Medical and sanitary report of the native army of Madras for the year
Year: 1876
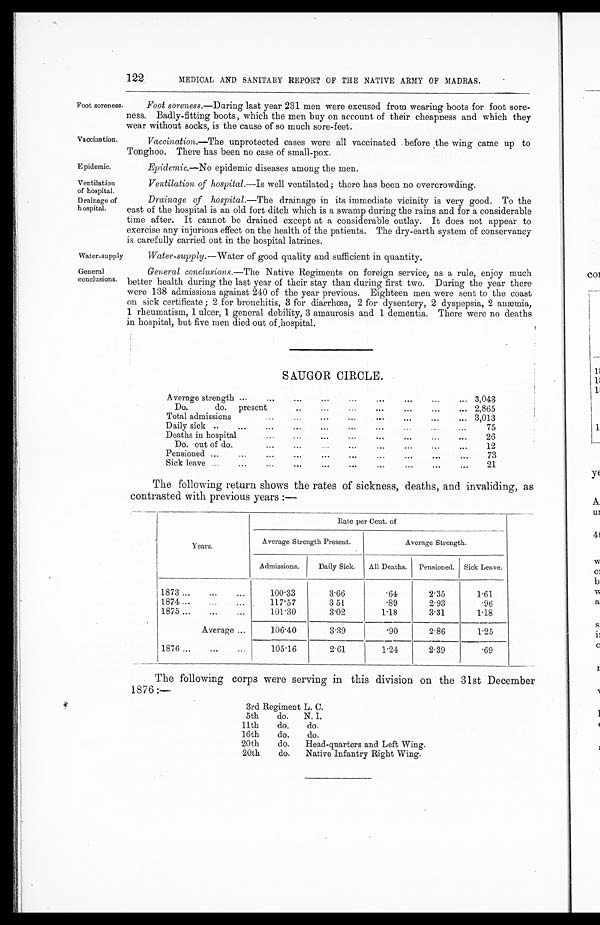
Vaccination.
Epidemic.
Ventilation
of hospital.
Drainage of
hospital.
122
MEDICAL AND SANITARY REPORT OF THE NATIVE ARMY OF MADRAS.
Foot soreness.
Foot soreness.—During last year 231 men were excused from wearing boots for foot sore-
ness. Badly-fitting boots, which the men buy on account of their cheapness and which they
wear without socks, is the cause of so much sore-feet.
Vaccination. —The unprotected cases were all vaccinated before the wing came up to
Tonghoo. There has been no case of small-pox.
Epidermic.—No epidemic diseases among the men.
Ventilation of hospital.—Is well ventilated; there has been no overcrowding.
Drainage of hospital. —The drainage in its immediate vicinity is very good. To the
east of the hospital is an old fort ditch which is a swamp during the rains and for a considerable
time after. It cannot be drained except at a considerable outlay. It does not appear to
exercise any injurious effect on the health of the patients. The dry-earth system of conservancy
is carefully carried out in the hospital latrines.
Water-supply
Water-supply. —Water of good quality and sufficient in quantity.
General
conclusions.
General conclusions. —The Native Regiments on foreign service, as a rule, enjoy much
better health during the last year of their stay than during first two. During the year there
were 138 admissions against 240 of the year previous. Eighteen men were sent to the coast
on sick certificate ; 2 . for bronchitis, 3 for diarrhœa, 2 for dysentery, 2 dyspepsia, 2 anæmia,
1 r he uma t i s m, 1 ul c e r , 1 ge ne r a l de bi l i t y, 3 a ma ur os i s a nd 1 de me nt i a . The r e we r e no de a t hs
in hospital, but five men died out of hospital.
SAUGOR CIRCLE.
Average strength ...
...
...
...
...
...
. . .
...
... 3,043
Do.
do. present
..
...
. . .
. . .
...
...
... 2,865
Total admission
. . .
...
...
...
...
...
...
... 3,013
Daily sick ..
...
...
...
...
...
...
. . .
. . . ...
75
Deaths in hospital
...
...
...
...
...
...
...
...
26
Do. out of do.
...
...
. . . ...
...
. . . ...
...
12
Pensioned ...
...
...
. . .
...
...
...
...
...
...
73
Sick leave ...
...
. . .
. . .
. . .
. . .
. . .
. . .
. . .
. . .
21
The following return shows the rates of sickness, deaths, and invaliding, as
contrasted with previous years :—
Years.
Rate per Cent. of
Average Strength Present.
Average Strength.
Admissions.
Daily Sick. All Deaths. Pensioned. Sick Leave.
1873 ...
...
...
100.33
3.66
.64
2.35
1.61
1874 ...
...
...
117.57
3.51
.89
2.93
.96
1875 ...
...
...
101.30
3.02
1.18
3.31
1.18
Average ...
106.40
3.39
.90
2.86
1.25
1876 ...
...
. . .
105.16
2.61
1.24
2.39
.69
The following corps were serving in this division on the 31st December
1876 :—
3rd Regiment L. C.
5th
do. N. I.
11th
do.
do.
16th
do.
do.
20th
do. Head-quarters and Left Wing.
20th
do. Native Infantry Right Wing.